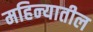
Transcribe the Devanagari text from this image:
महिन्‍यातील